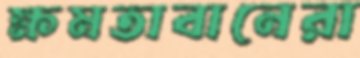
ক্ষমতাবানেরা